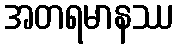
အတရမာနဿ